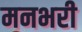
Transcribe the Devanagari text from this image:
मनभरी